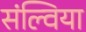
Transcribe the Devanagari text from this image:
संल्विया